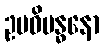
ဥပဓိဗန္ဓနော